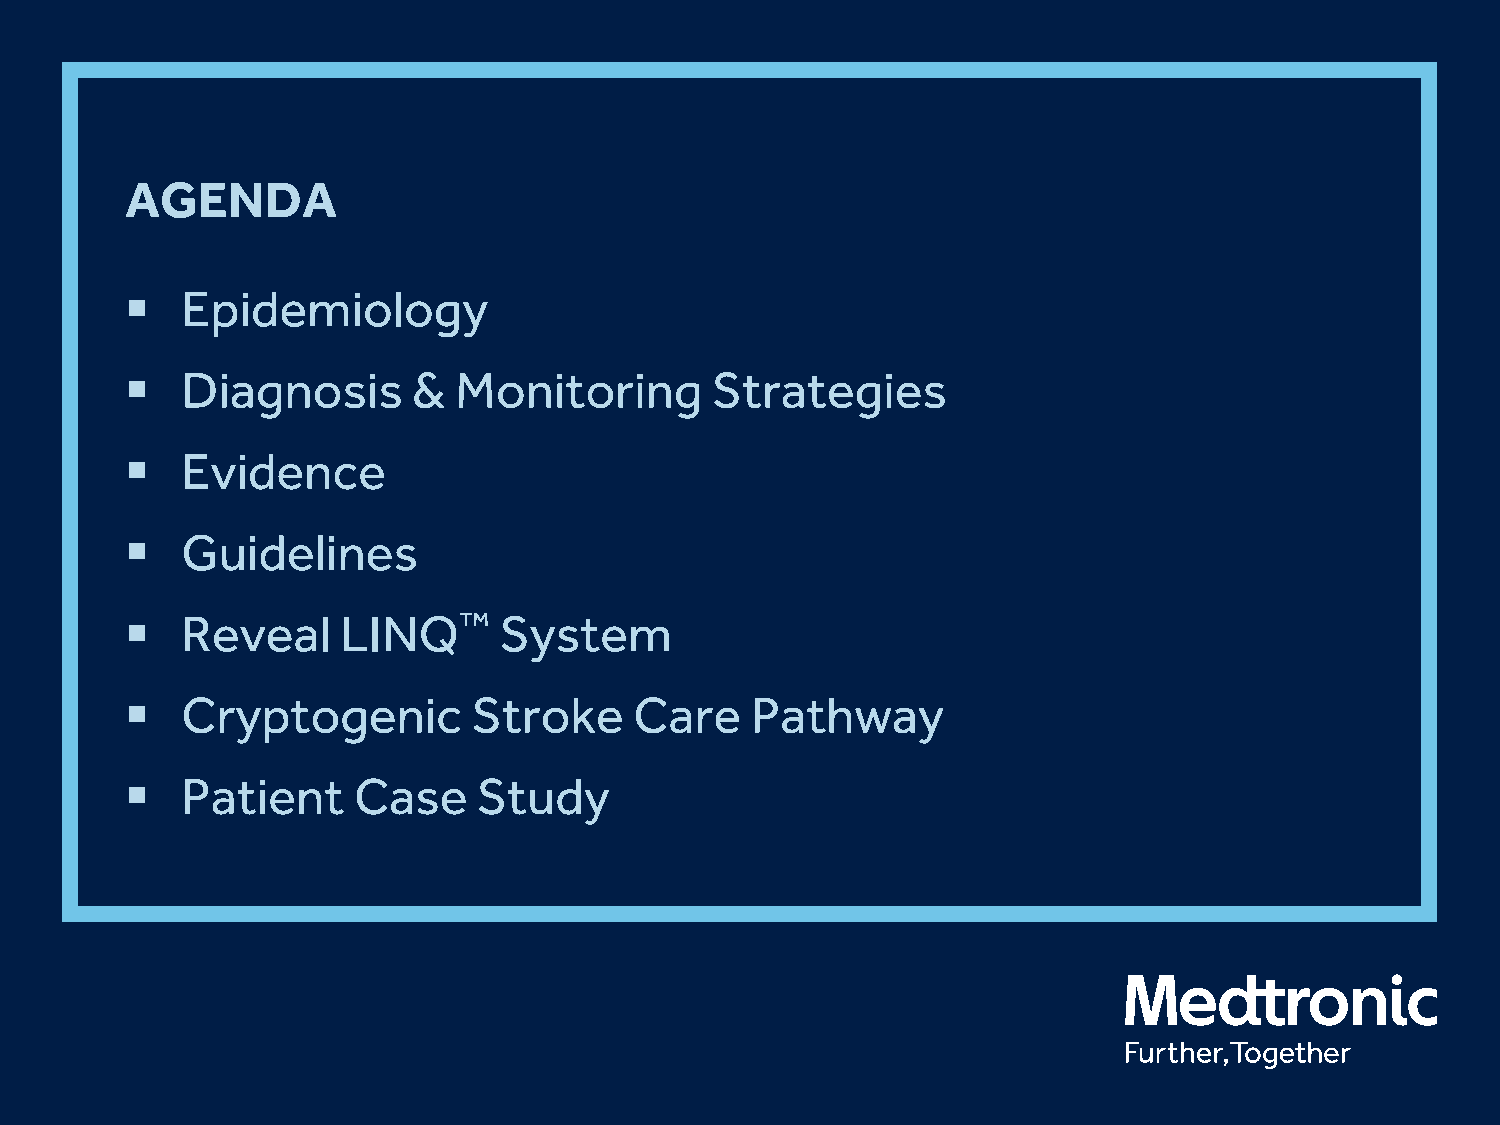
AGENDA
    Epidemiology
    Diagnosis      &  Monitoring       Strategies
    Evidence
    Guidelines
    Reveal     LINQ™     System
    Cryptogenic        Stroke     Care    Pathway
    Patient    Case     Study